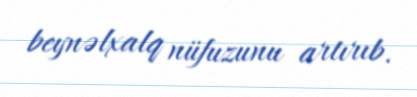
beynəlxalq nüfuzunu artırıb.